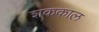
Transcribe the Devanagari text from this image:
शककाल